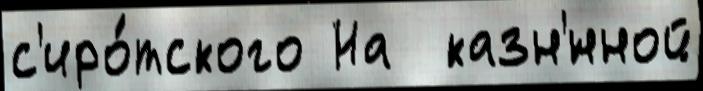
с'иро́тского На  казн'́нной